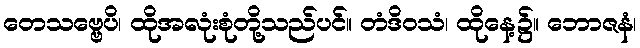
တေသဗ္ဗေပိ၊ ထိုအလုံးစုံတို့သည်ပင်။ တံဒိဝသံ၊ ထိုနေ့၌။ ဘောဇနံ၊